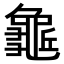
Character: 𪚺